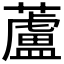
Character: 蘆